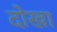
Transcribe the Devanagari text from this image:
दोखा